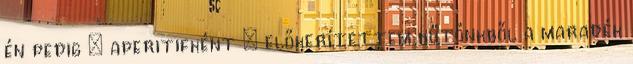
én pedig – aperitifként – előkerítettem hűtőnkből a maradék